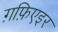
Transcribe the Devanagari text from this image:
ग़फ़िएइर